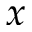
x